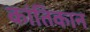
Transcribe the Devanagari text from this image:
कांतिकान